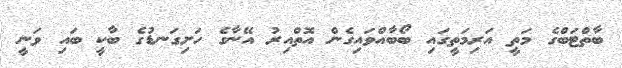
ބާތްޓަބްގެ މަތީ އަރިމަތީގައި ބޯބާއްވައިގެން އޮތްއިރު އޭނާގެ ހަށިގަނޑުގެ ބާކީ ބައި ވަނީ